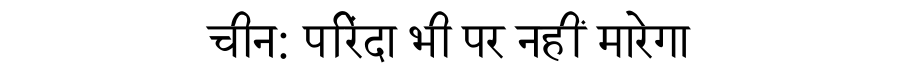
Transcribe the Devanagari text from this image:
चीन: परिंदा भी पर नहीं मारेगा